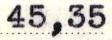
45,35